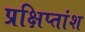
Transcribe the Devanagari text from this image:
प्रक्षिप्तांश